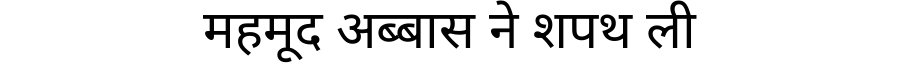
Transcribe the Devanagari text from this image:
महमूद अब्बास ने शपथ ली